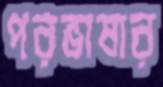
পরভাষার